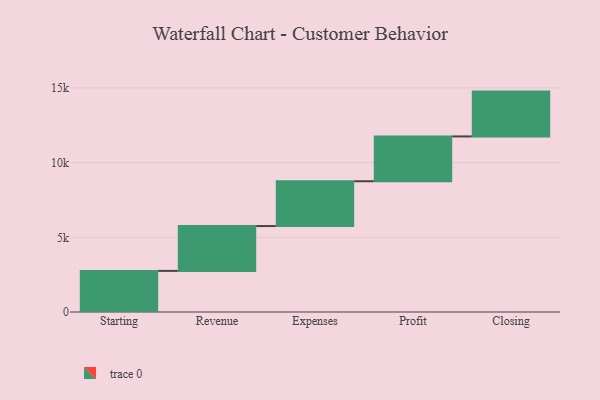
{"axis": {"x": "Step", "y": "Value"}, "legend": [""], "data": [{"x": "Starting", "y": 2752.0, "type": ""}, {"x": "Revenue", "y": 3000, "type": ""}, {"x": "Expenses", "y": 3000, "type": ""}, {"x": "Profit", "y": 3000, "type": ""}, {"x": "Closing", "y": 3000, "type": ""}]}